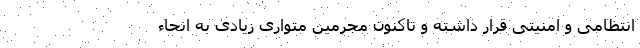
انتظامی و امنیتی قرار داشته و تاکنون مجرمین متواری زیادی به انحاء